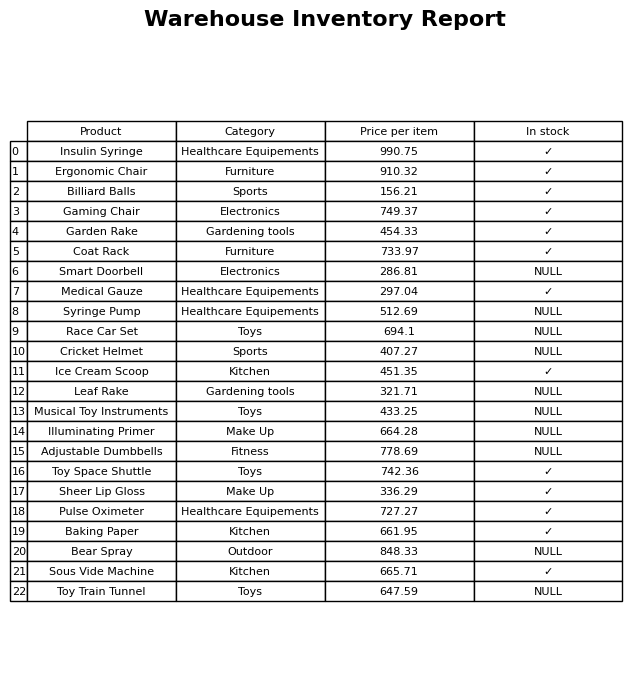
question: What category does the Billiard Balls belong to?
answer: Sports